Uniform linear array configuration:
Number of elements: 24
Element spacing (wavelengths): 0.25
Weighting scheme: hamming
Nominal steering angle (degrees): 30
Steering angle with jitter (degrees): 30.001
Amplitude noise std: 0.05
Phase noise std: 0.05

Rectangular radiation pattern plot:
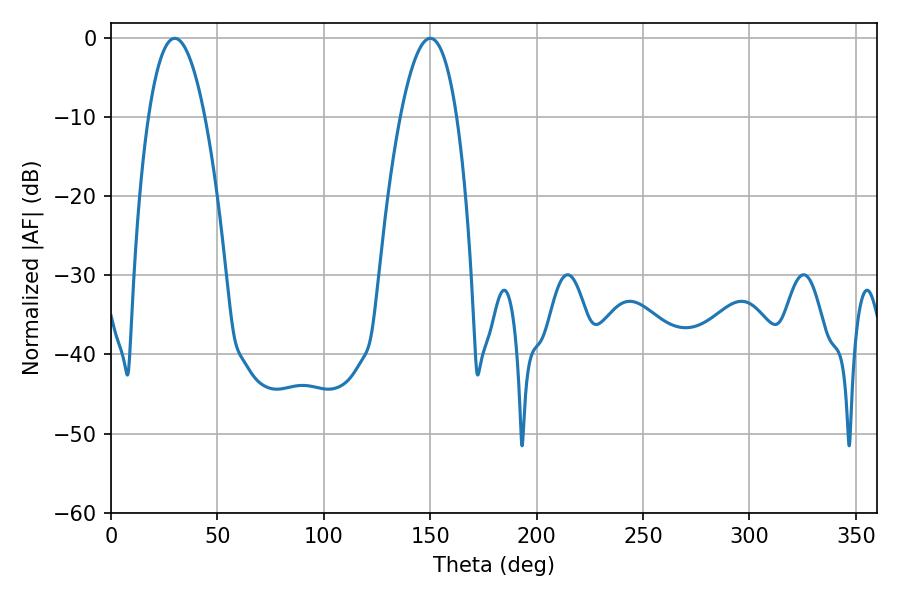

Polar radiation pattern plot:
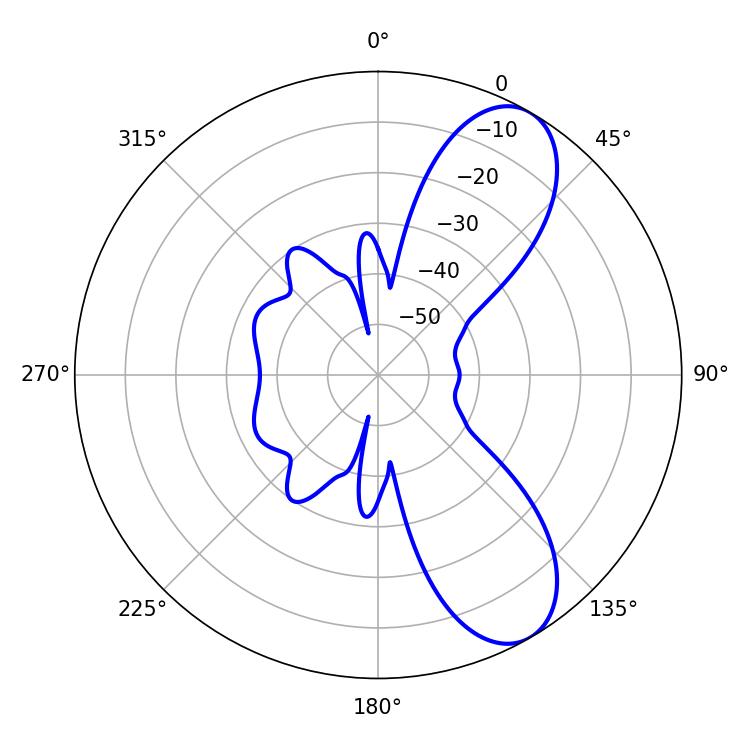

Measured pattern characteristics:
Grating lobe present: FALSE
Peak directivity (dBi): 8.616
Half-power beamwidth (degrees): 14.76
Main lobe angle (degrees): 29.88